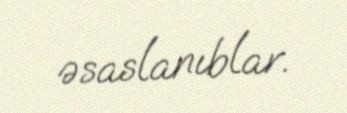
əsaslanıblar.